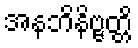
အနဘိနိဗ္ဗတ္တိ